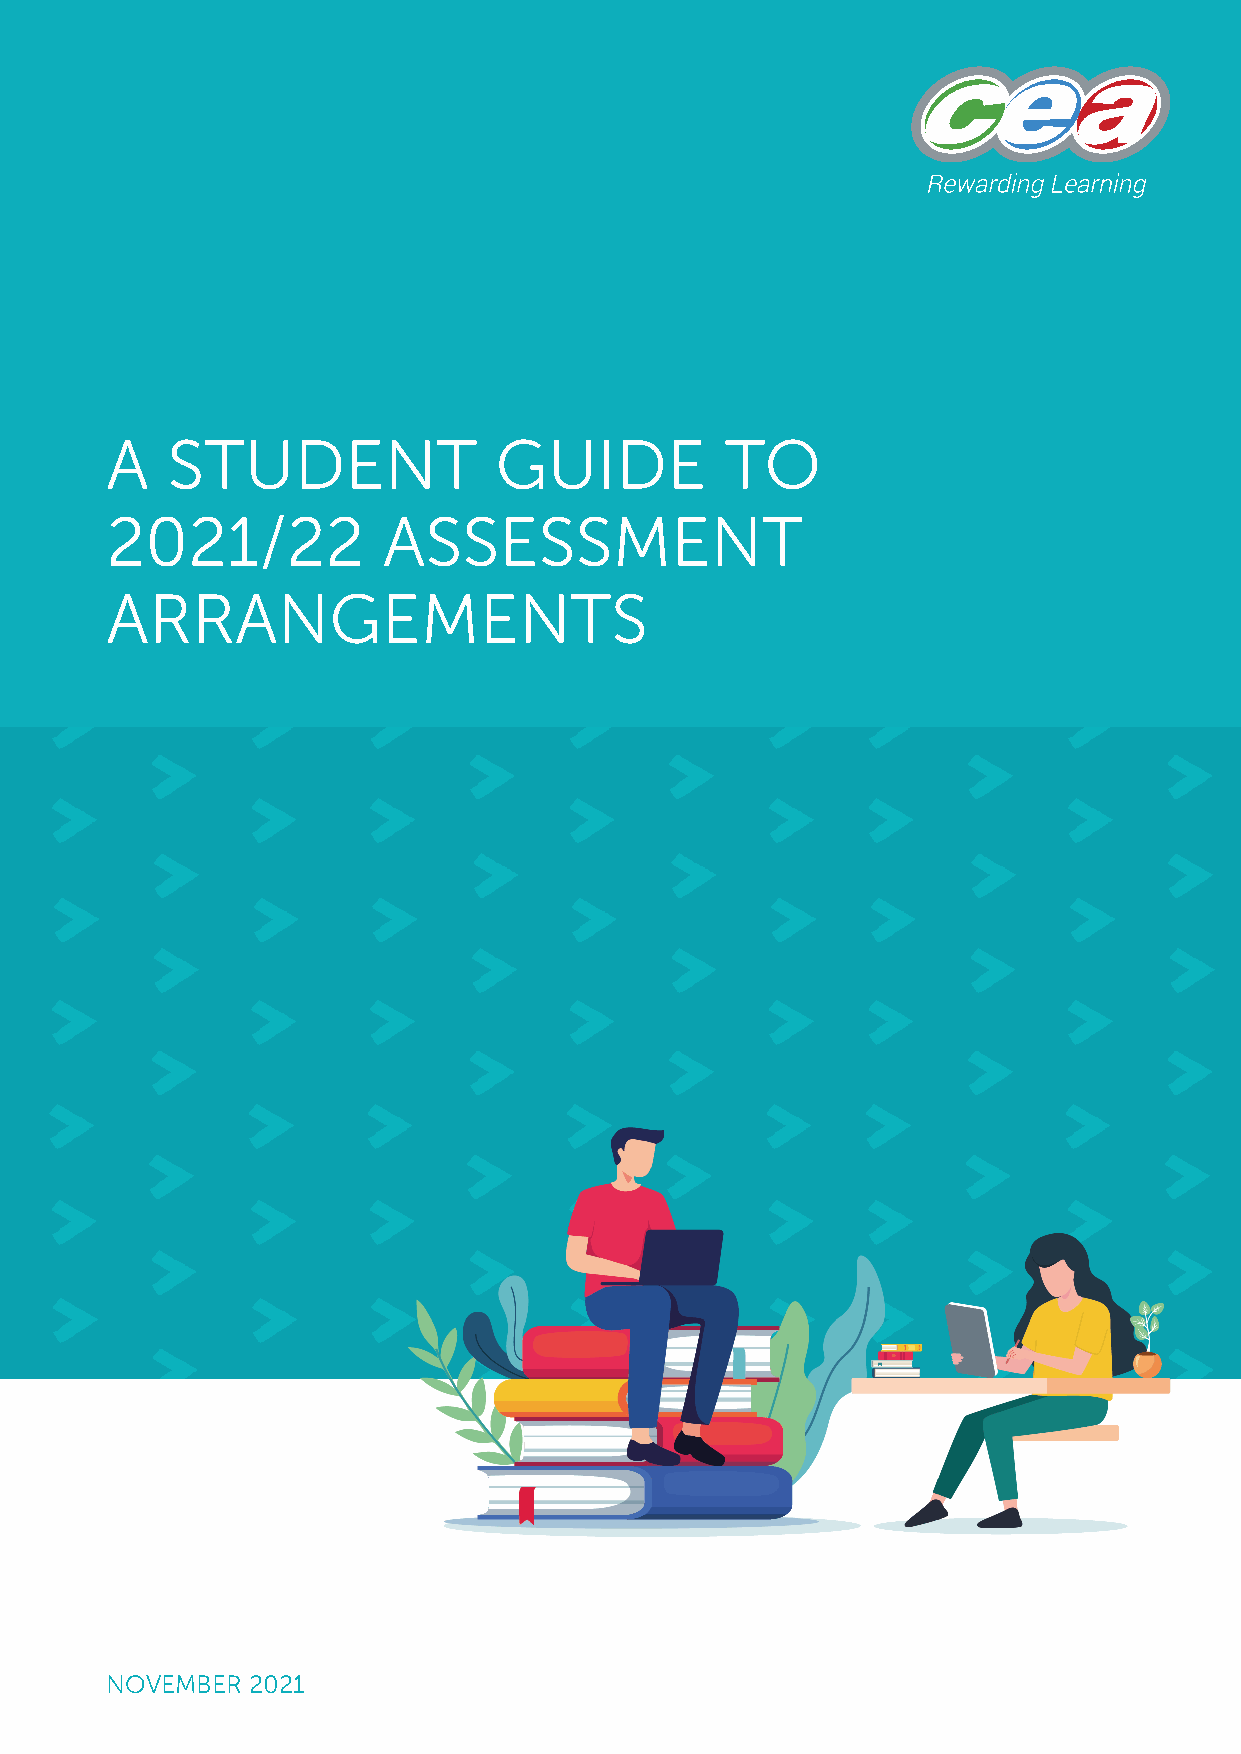
A   STUDENT               GUIDE          TO
 2021/22           ASSESSMENT
 ARRANGEMENTS
 NOVEMBER 2021